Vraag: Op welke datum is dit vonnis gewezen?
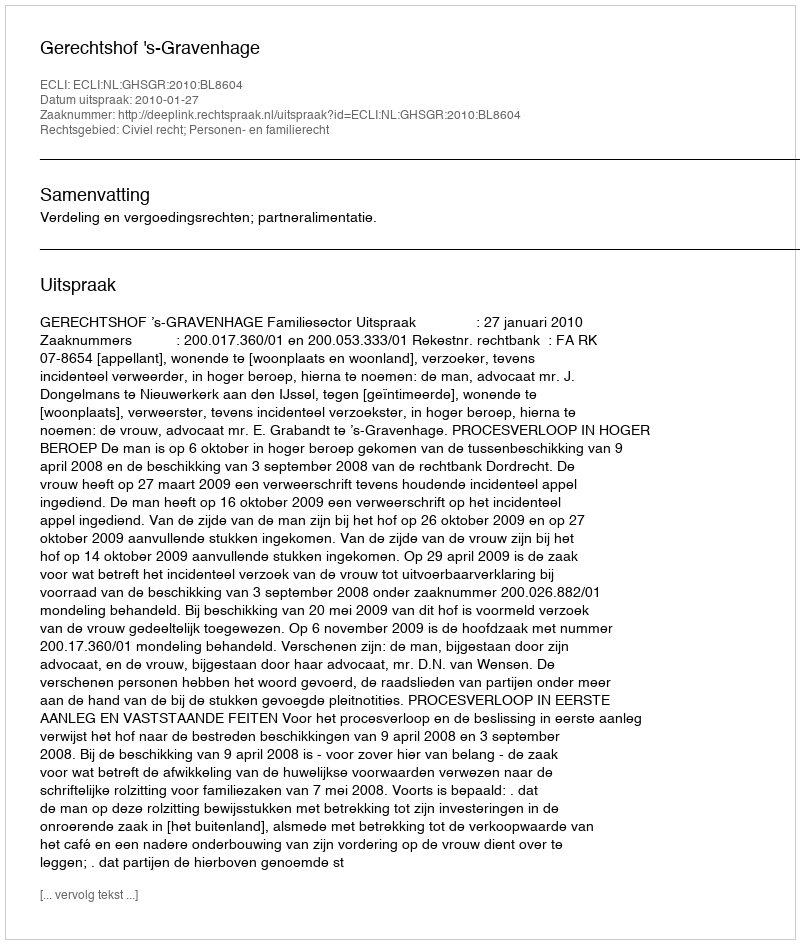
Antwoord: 2010-01-27